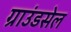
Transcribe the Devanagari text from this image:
ग्राउंडसेल